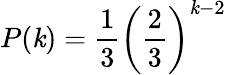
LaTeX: P(\mathit{k})=\frac{{1}}{{3}}\left(\frac{{2}}{{3}}\right)^{\mathit{k}-2}